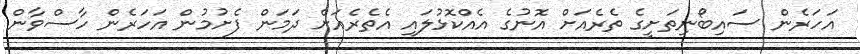
އަހަރެން ސައިބޯނިތަށީގެ ތެރެއަށް އޮނުގެ އެއްކޮޅުލައި އެތެރެއަށް ދަމަން ފެށުމުން އަހަރެން ހާސްވާން